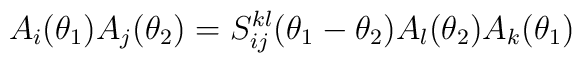
A_i(\theta_1)A_j(\theta_2)=S^{kl}_{ij}(\theta_1-\theta_2)A_l(\theta_2)A_k(\theta_1)